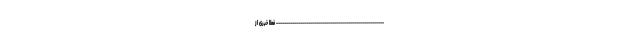
------------------------------------------------------ فعلا خبری از